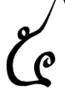
៥